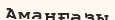
Аманғазы